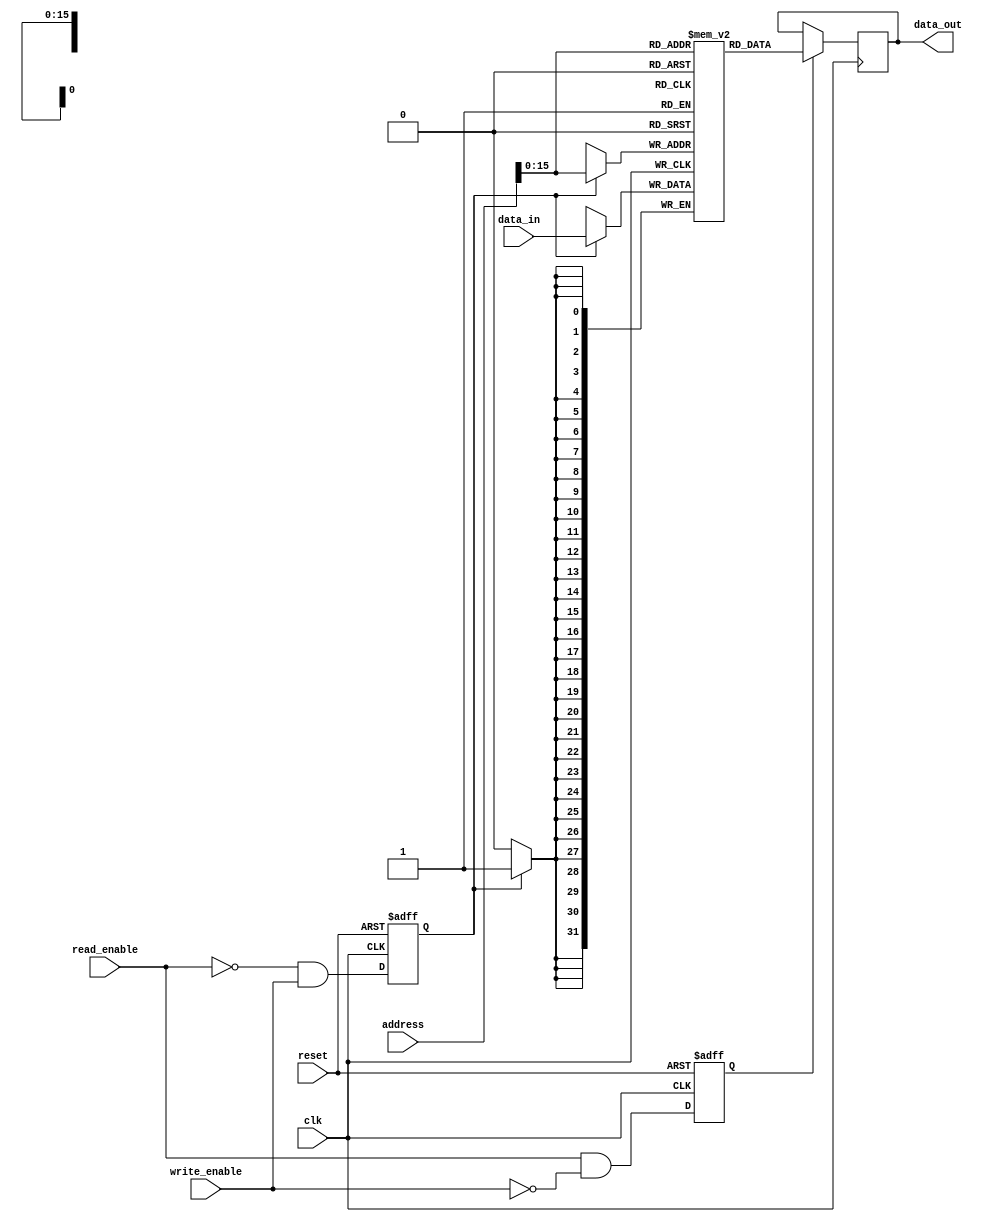
module ddr_sdram (
    input wire clk,
    input wire reset,
    input wire read_enable,
    input wire write_enable,
    input wire [31:0] address,
    input wire [31:0] data_in,
    output wire [31:0] data_out
);

// DDR SDRAM data storage
reg [31:0] memory [0:65535];

// Command decoding logic
reg read_command;
reg write_command;

always @ (posedge clk or posedge reset) begin
    if (reset) begin
        read_command <= 1'b0;
        write_command <= 1'b0;
    end else begin
        read_command <= read_enable & ~write_enable;
        write_command <= ~read_enable & write_enable;
    end
end

// Data storage and retrieval logic
always @ (posedge clk) begin
    if (read_command) begin
        data_out <= memory[address];
    end
    if (write_command) begin
        memory[address] <= data_in;
    end
end

// Timing constraints (to be added)
// Error checking and correction (to be added)
// Refresh mechanisms (to be added)
// Power saving modes (to be added)
// Testing and verification procedures (to be added)

endmodule